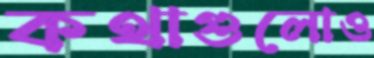
কথাগুলোও